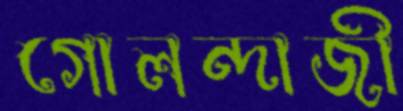
গোলন্দাজী